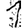
Digit: 1